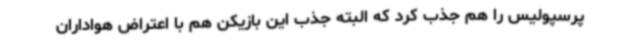
پرسپولیس را هم جذب کرد که البته جذب این بازیکن هم با اعتراض هواداران